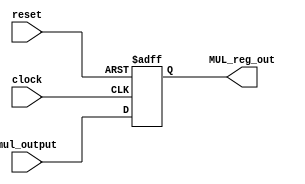
`timescale 1ns / 1ps
//////////////////////////////////////////////////////////////////////////////////
module MUL_Register(clock, reset, mul_output, MUL_reg_out);
    input clock, reset;
    input [63:0] mul_output;
    output reg [63:0] MUL_reg_out;
    
    always @(posedge reset, posedge clock)
        begin
            if (reset == 1)
                MUL_reg_out <= 64'h0000000000000000;
            else 
                MUL_reg_out <= mul_output;
        end 
    
endmodule